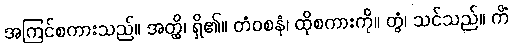
အကြင်စကားသည်။ အတ္ထိ၊ ရှိ၏။ တံဝစနံ၊ ထိုစကားကို။ တွံ၊ သင်သည်။ ကိံ